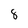
Character: 8